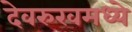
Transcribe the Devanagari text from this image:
देवरुखमध्ये